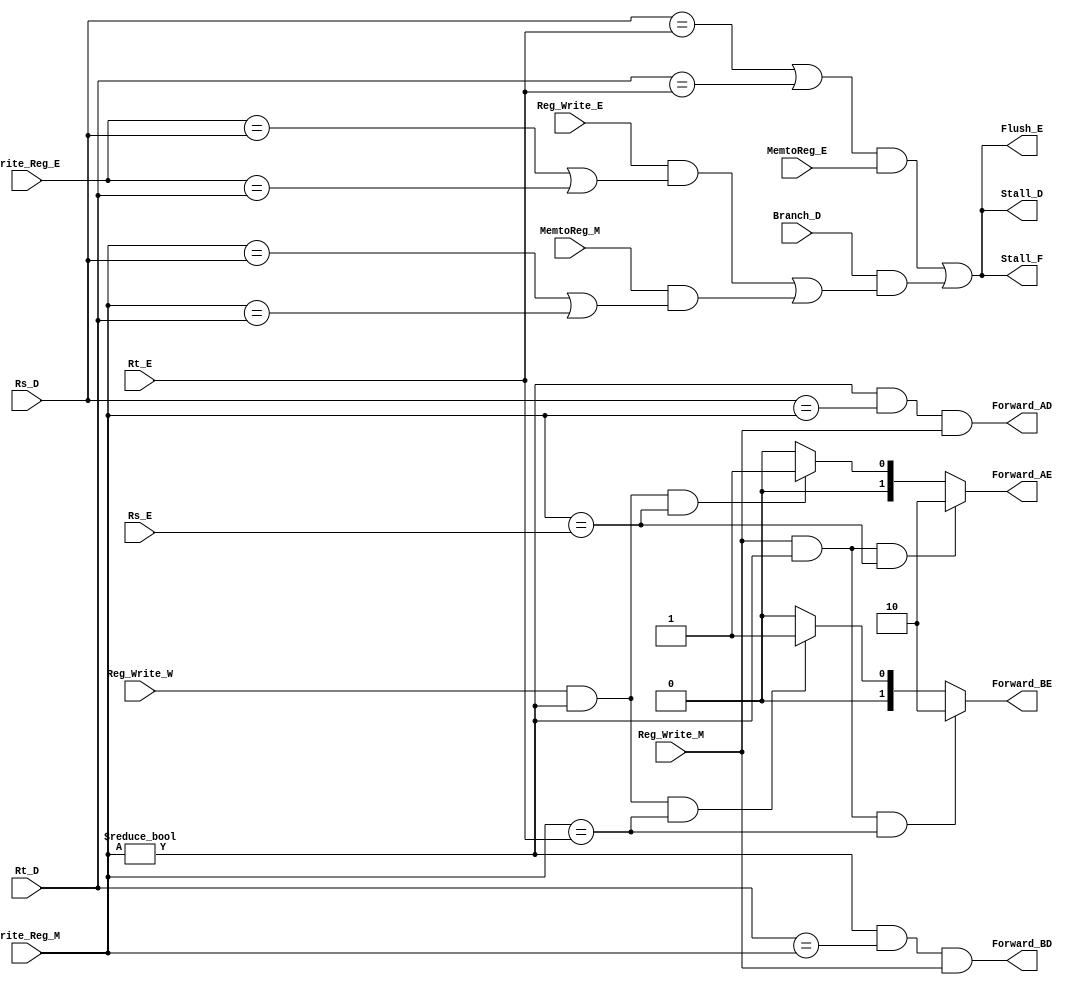
`timescale 1ns/1ns

module Hazard_Unit(Rs_D, Rt_D, MemtoReg_E, Rt_E, Rs_E, Write_Reg_E, Write_Reg_M, Reg_Write_E,
                    Reg_Write_M, Stall_F, Flush_E, Stall_D, Forward_AE, Forward_BE,
                    Forward_AD, Forward_BD, Reg_Write_W, Branch_D, MemtoReg_M);


    input [4:0] Rs_D, Rs_E, Rt_E, Rt_D, Write_Reg_E, Write_Reg_M;
    input Reg_Write_E, Reg_Write_M, MemtoReg_E, Reg_Write_W;
    input Branch_D, MemtoReg_M;

    output reg Stall_D, Stall_F;
    output reg Flush_E;
    output reg [1:0] Forward_AE, Forward_BE;
    output reg Forward_BD, Forward_AD;

    reg lwstall, branchstall;

    initial
    begin
        Stall_F = 1'b1;
        Stall_D = 1'b1;
        Forward_AE = 2'b00;
        Forward_BE = 2'b00;
        Forward_AD = 1'b1;
        Forward_BD = 1'b1; 

    end


    //Forwarding Unit
    always@(*)
    begin
    	//Forward around EX hazard
    	if(Reg_Write_M && (Write_Reg_M !=0) && (Write_Reg_M == Rs_E))
    		Forward_AE = 2'b10;

    	//Forward around MEM hazard
    	else if(Reg_Write_W && (Write_Reg_M !=0) && (Write_Reg_M == Rs_E))
    		Forward_AE = 2'b01;

    	else 
    		Forward_AE = 2'b00;
    end

    always@(*)
    begin
    	//Forward around EX hazard
    	if(Reg_Write_M && (Write_Reg_M !=0) && (Write_Reg_M == Rt_E))
    		Forward_BE = 2'b10;

    	//Forward around MEM hazard
    	else if(Reg_Write_W && (Write_Reg_M !=0) && (Write_Reg_M == Rt_E))
    		Forward_BE = 2'b01;

    	else 
    		Forward_BE = 2'b00;
    end

    always@(*)
    begin
    	Forward_AD = (Write_Reg_M !=0) && (Rs_D == Write_Reg_M) && Reg_Write_M;
        Forward_BD = (Write_Reg_M !=0) && (Rt_D == Write_Reg_M) && Reg_Write_M;
    end	


    //Hazard Stall unit
    always@(*)
    begin 
    	lwstall = ((Rs_D == Rt_E) || (Rt_D == Rt_E)) && MemtoReg_E;

    	branchstall =   Branch_D & (Reg_Write_E 
    					& ((Write_Reg_E == Rs_D) | (Write_Reg_E == Rt_D)) | MemtoReg_M 
    					& ((Write_Reg_M == Rs_D) | (Write_Reg_M == Rt_D)));

    	Stall_F = lwstall || branchstall;
    	Stall_D = lwstall || branchstall;
    	Flush_E = lwstall || branchstall;

    end


endmodule